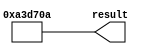
// megafunction wizard: %LPM_CONSTANT%
// GENERATION: STANDARD
// VERSION: WM1.0
// MODULE: LPM_CONSTANT 

// ============================================================
// Megafunction Name(s):
// 			LPM_CONSTANT
//
// Simulation Library Files(s):
// 			
// ============================================================
// ************************************************************
// THIS IS A WIZARD-GENERATED FILE. DO NOT EDIT THIS FILE!
//
// 13.1.0 Build 162 10/23/2013 SJ Full Version
// ************************************************************


//Copyright (C) 1991-2013 Altera Corporation
//Your use of Altera Corporation's design tools, logic functions 
//and other software and tools, and its AMPP partner logic 
//functions, and any output files from any of the foregoing 
//(including device programming or simulation files), and any 
//associated documentation or information are expressly subject 
//to the terms and conditions of the Altera Program License 
//Subscription Agreement, Altera MegaCore Function License 
//Agreement, or other applicable license agreement, including, 
//without limitation, that your use is for the sole purpose of 
//programming logic devices manufactured by Altera and sold by 
//Altera or its authorized distributors.  Please refer to the 
//applicable agreement for further details.


//lpm_constant CBX_AUTO_BLACKBOX="ALL" ENABLE_RUNTIME_MOD="NO" LPM_CVALUE=00A3D70A LPM_WIDTH=32 result
//VERSION_BEGIN 13.1 cbx_lpm_constant 2013:10:23:18:05:48:SJ cbx_mgl 2013:10:23:18:06:54:SJ  VERSION_END
// synthesis VERILOG_INPUT_VERSION VERILOG_2001
// altera message_off 10463


//synthesis_resources = 
//synopsys translate_off
`timescale 1 ps / 1 ps
//synopsys translate_on
module  lpm_constant0_lpm_constant_r59
	( 
	result) ;
	output   [31:0]  result;


	assign
		result = 32'b00000000101000111101011100001010;
endmodule //lpm_constant0_lpm_constant_r59
//VALID FILE


// synopsys translate_off
`timescale 1 ps / 1 ps
// synopsys translate_on
module lpm_constant0 (
	result);

	output	[31:0]  result;

	wire [31:0] sub_wire0;
	wire [31:0] result = sub_wire0[31:0];

	lpm_constant0_lpm_constant_r59	lpm_constant0_lpm_constant_r59_component (
				.result (sub_wire0));

endmodule

// ============================================================
// CNX file retrieval info
// ============================================================
// Retrieval info: PRIVATE: INTENDED_DEVICE_FAMILY STRING "Cyclone IV E"
// Retrieval info: PRIVATE: JTAG_ENABLED NUMERIC "0"
// Retrieval info: PRIVATE: JTAG_ID STRING "NONE"
// Retrieval info: PRIVATE: Radix NUMERIC "10"
// Retrieval info: PRIVATE: SYNTH_WRAPPER_GEN_POSTFIX STRING "1"
// Retrieval info: PRIVATE: Value NUMERIC "10737418"
// Retrieval info: PRIVATE: nBit NUMERIC "32"
// Retrieval info: PRIVATE: new_diagram STRING "1"
// Retrieval info: LIBRARY: lpm lpm.lpm_components.all
// Retrieval info: CONSTANT: LPM_CVALUE NUMERIC "10737418"
// Retrieval info: CONSTANT: LPM_HINT STRING "ENABLE_RUNTIME_MOD=NO"
// Retrieval info: CONSTANT: LPM_TYPE STRING "LPM_CONSTANT"
// Retrieval info: CONSTANT: LPM_WIDTH NUMERIC "32"
// Retrieval info: USED_PORT: result 0 0 32 0 OUTPUT NODEFVAL "result[31..0]"
// Retrieval info: CONNECT: result 0 0 32 0 @result 0 0 32 0
// Retrieval info: GEN_FILE: TYPE_NORMAL lpm_constant0.v TRUE
// Retrieval info: GEN_FILE: TYPE_NORMAL lpm_constant0.inc FALSE
// Retrieval info: GEN_FILE: TYPE_NORMAL lpm_constant0.cmp FALSE
// Retrieval info: GEN_FILE: TYPE_NORMAL lpm_constant0.bsf TRUE FALSE
// Retrieval info: GEN_FILE: TYPE_NORMAL lpm_constant0_inst.v FALSE
// Retrieval info: GEN_FILE: TYPE_NORMAL lpm_constant0_bb.v TRUE
// Retrieval info: GEN_FILE: TYPE_NORMAL lpm_constant0_syn.v TRUE